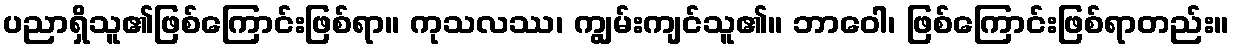
ပညာရှိသူ၏ဖြစ်ကြောင်းဖြစ်ရာ။ ကုသလဿ၊ ကျွမ်းကျင်သူ၏။ ဘာဝေါ၊ ဖြစ်ကြောင်းဖြစ်ရာတည်း။